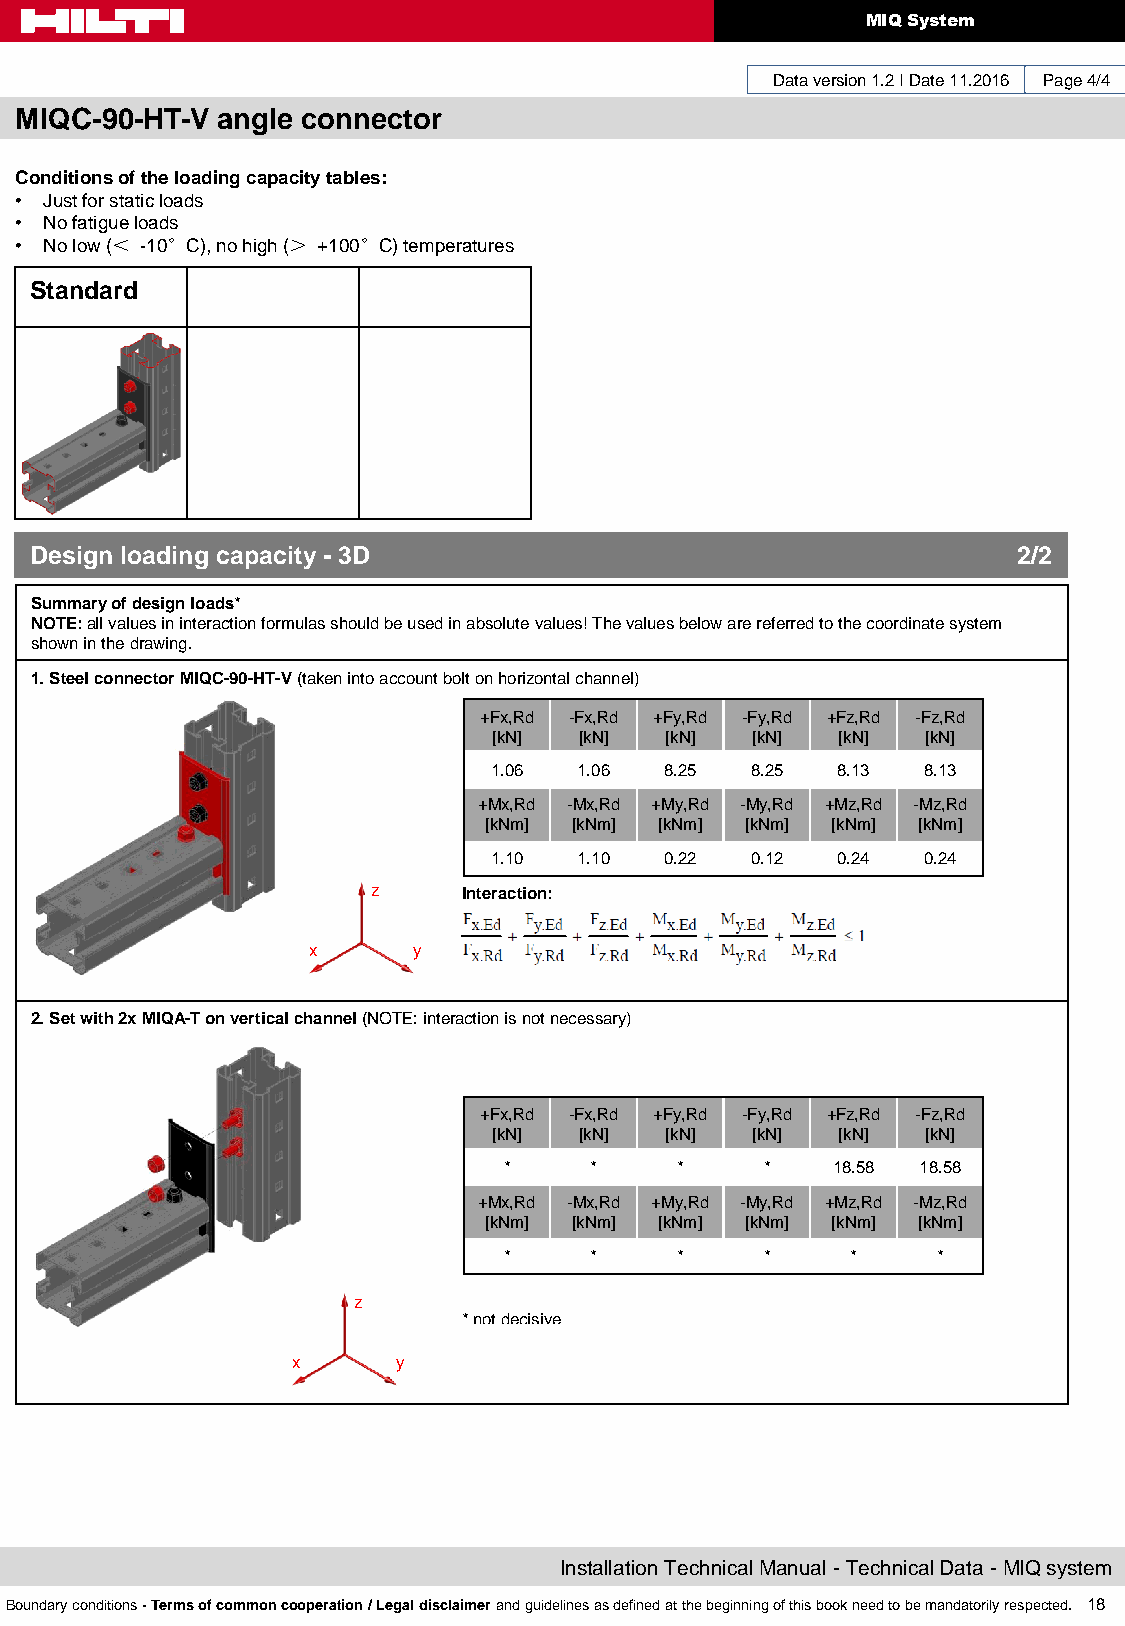
MIQ System
 Data version 1.2 I Date 11.2016 Page 4/4
 MIQC-90-HT-V angle connector
 Conditions of the loading capacity tables:
 • Just for static loads
 • No fatigue loads
 • No low (＜ -10°C), no high (＞ +100°C) temperatures
 Standard
 Design loading capacity - 3D                                     2/2
 Summary of design loads*
 NOTE: all values in interaction formulas should be used in absolute values! The values below are referred to the coordinate system
 shown in the drawing.
 1. Steel connector MIQC-90-HT-V (taken into account bolt on horizontal channel)
 +Fx,Rd -Fx,Rd +Fy,Rd -Fy,Rd +Fz,Rd -Fz,Rd
 [kN] [kN]  [kN]  [kN]  [kN] [kN]
 1.06  1.06  8.25  8.25 8.13  8.13
 +Mx,Rd -Mx,Rd +My,Rd -My,Rd +Mz,Rd -Mz,Rd
 [kNm] [kNm] [kNm] [kNm] [kNm] [kNm]
 1.10  1.10  0.22  0.12 0.24  0.24
 z     Interaction:
 x      y
 2. Set with 2x MIQA-T on vertical channel (NOTE: interaction is not necessary)
 +Fx,Rd -Fx,Rd +Fy,Rd -Fy,Rd +Fz,Rd -Fz,Rd
 [kN] [kN]  [kN]  [kN]  [kN] [kN]
 *     *     *     *   18.58 18.58
 +Mx,Rd -Mx,Rd +My,Rd -My,Rd +Mz,Rd -Mz,Rd
 [kNm] [kNm] [kNm] [kNm] [kNm] [kNm]
 *     *     *     *    *     *
 z
 * not decisive
 x      y
 Installation Technical Manual - Technical Data - MIQ system
 Boundary conditions - Terms of common cooperation / Legal disclaimer and guidelines as defined at the beginning of this book need to be mandatorily respected. 18